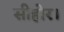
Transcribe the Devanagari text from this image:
सीहोर।